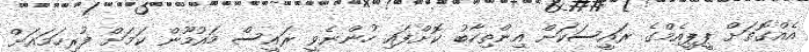
އެއްގޮތަށް ޕީޕީއެމްގެ ރައީސަކަށް އިންތިހާބު ކޮށްފައި ހުންނެވީ ރައީސް މައުމޫން ކަމަށް ފުރިހަމައަށް